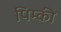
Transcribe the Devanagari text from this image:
पिम्की